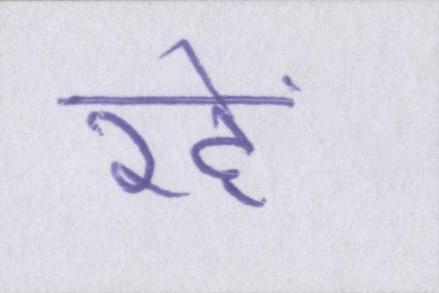
रहें